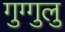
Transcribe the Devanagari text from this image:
गुग्गुलु